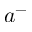
a ^ { - }